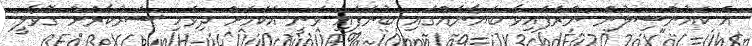
އެ ކައުންސިލުން ނެރެފައިވާ ބަޔާނެއްގައި ބުނެފައި ވަނީ އެކަމަށް ދިވެހި ސަރުކާރަށް ގޮވާލީ